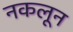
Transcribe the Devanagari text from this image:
नकलून